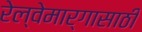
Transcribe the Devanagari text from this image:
रेल्वेमार्गासाठी